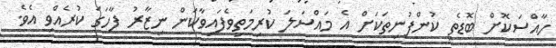
ހާއްސަކޮށް ބޮޑެތި ކުންފުނިތަކަށް އެ މައްސަލަ ކުރިމަތިވެފައިވާކަން ނިޒާރު ފާހަގަ ކުރެއްވި އެވެ.